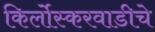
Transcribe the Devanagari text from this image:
किर्लोस्करवाडीचे